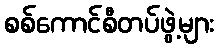
စစ်ကောင်စီတပ်ဖွဲ့များ